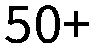
50+